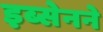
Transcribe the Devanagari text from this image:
इब्सेनने